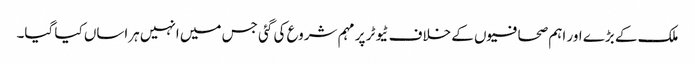
ملک کے بڑے اور اہم صحافیوں کے خلاف ٹیوٹر پر مہم شروع کی گئی جس میں انہیں ہراساں کیا گیا۔